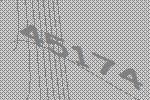
45174